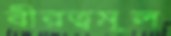
বীরত্বমূল